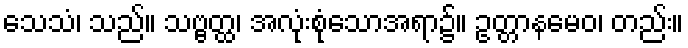
သေသံ၊ သည်။ သဗ္ဗတ္ထ၊ အလုံးစုံသောအရာ၌။ ဥတ္တာနမေဝ၊ တည်း။